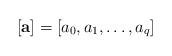
\begin{align*}[\mathbf a]=[a_0,a_1,\dots,a_q]\end{align*}